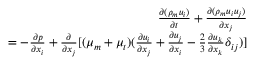
\begin{array} { r } { \frac { \partial ( \rho _ { m } u _ { i } ) } { \partial t } + \frac { \partial ( \rho _ { m } u _ { i } u _ { j } ) } { \partial x _ { j } } } \\ { = - \frac { \partial p } { \partial x _ { i } } + \frac { \partial } { \partial x _ { j } } [ ( \mu _ { m } + \mu _ { t } ) ( \frac { \partial u _ { i } } { \partial x _ { j } } + \frac { \partial u _ { j } } { \partial x _ { i } } - \frac { 2 } { 3 } \frac { \partial u _ { k } } { \partial x _ { k } } \delta _ { i j } ) ] } \end{array}